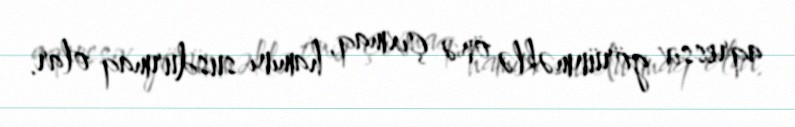
aqressiv görünməklə önə çıxmaq, hamını susdurmaq olar.